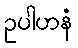
ဥပါဟနံ